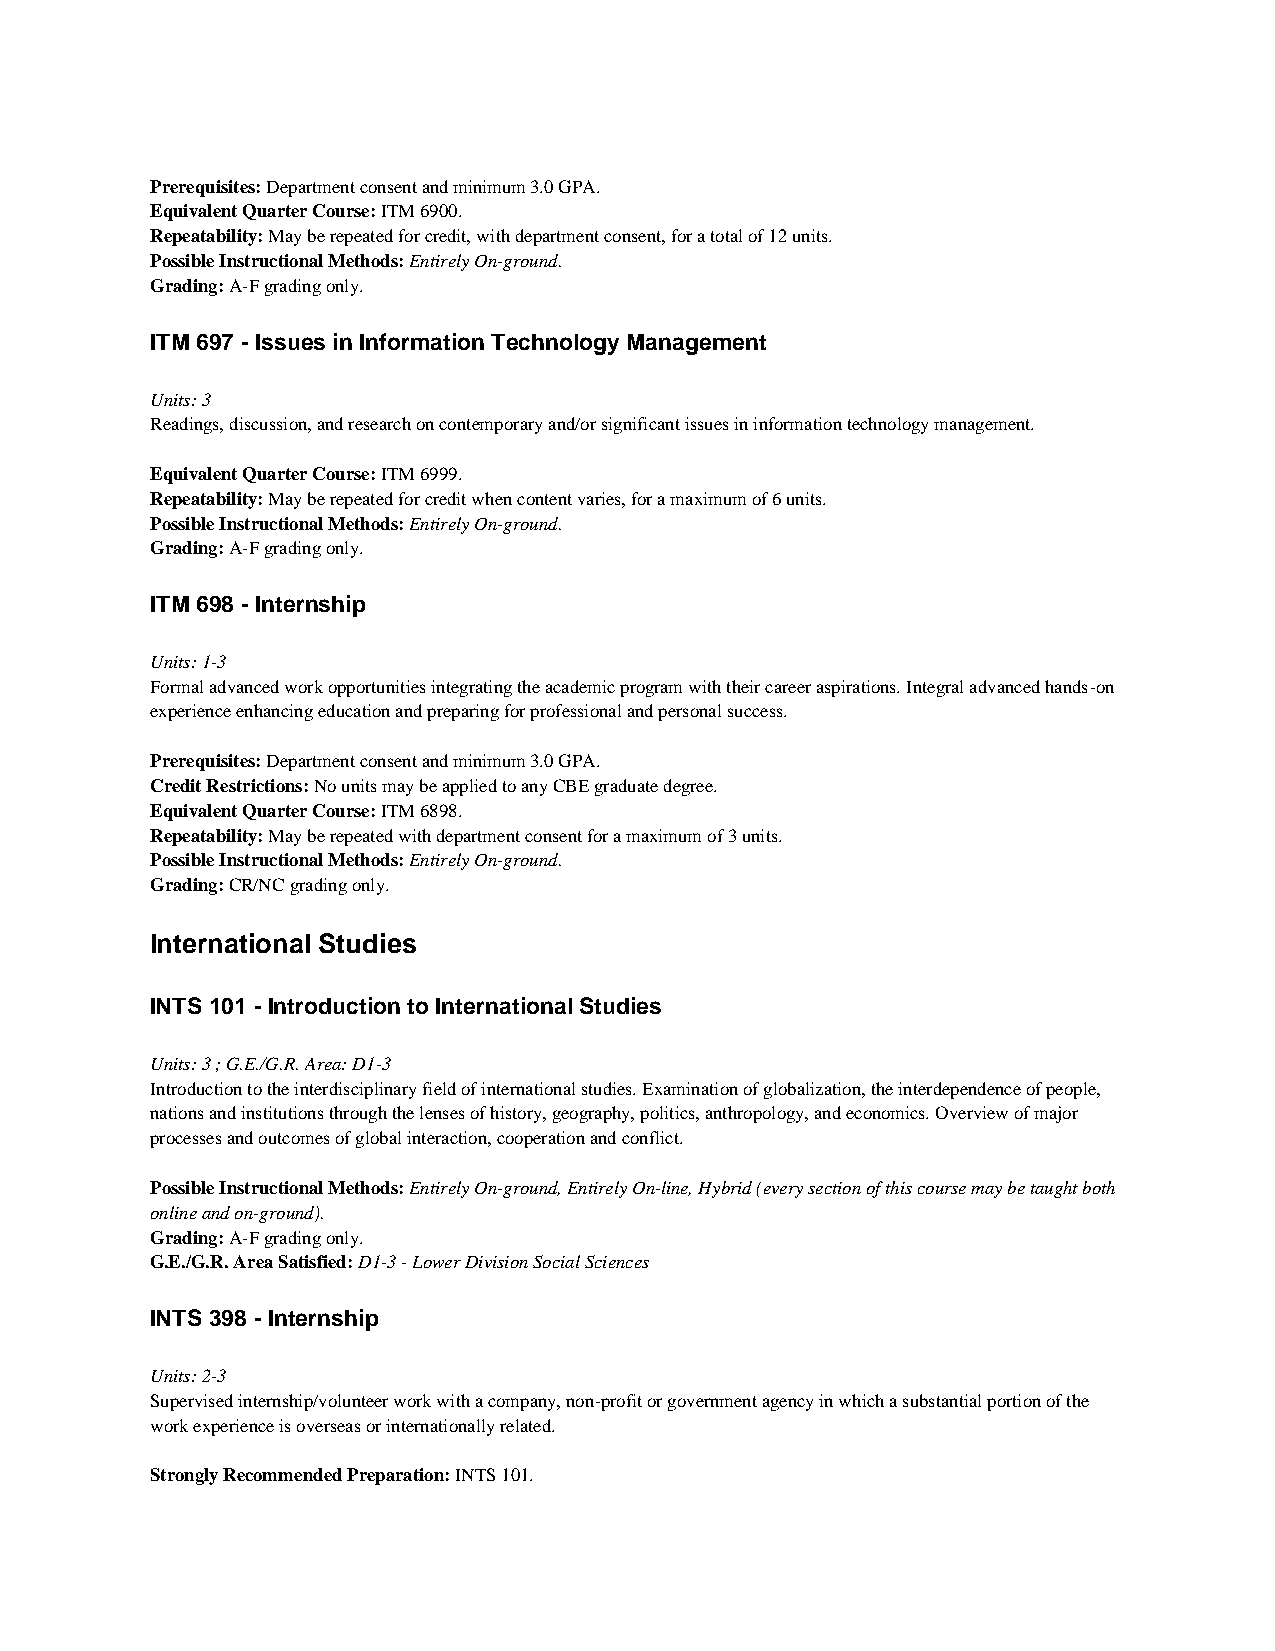
Prerequisites: Department consent and minimum 3.0 GPA.
 Equivalent Quarter Course: ITM 6900.
 Repeatability: May be repeated for credit, with department consent, for a total of 12 units.
 Possible Instructional Methods: Entirely On-ground.
 Grading: A-F grading only.
 ITM 697 - Issues in Information Technology Management
 Units: 3
 Readings, discussion, and research on contemporary and/or significant issues in information technology management.
 Equivalent Quarter Course: ITM 6999.
 Repeatability: May be repeated for credit when content varies, for a maximum of 6 units.
 Possible Instructional Methods: Entirely On-ground.
 Grading: A-F grading only.
 ITM 698 - Internship
 Units: 1-3
 Formal advanced work opportunities integrating the academic program with their career aspirations. Integral advanced hands-on
 experience enhancing education and preparing for professional and personal success.
 Prerequisites: Department consent and minimum 3.0 GPA.
 Credit Restrictions: No units may be applied to any CBE graduate degree.
 Equivalent Quarter Course: ITM 6898.
 Repeatability: May be repeated with department consent for a maximum of 3 units.
 Possible Instructional Methods: Entirely On-ground.
 Grading: CR/NC grading only.
 International Studies
 INTS 101 - Introduction to International Studies
 Units: 3 ; G.E./G.R. Area: D1-3
 Introduction to the interdisciplinary field of international studies. Examination of globalization, the interdependence of people,
 nations and institutions through the lenses of history, geography, politics, anthropology, and economics. Overview of major
 processes and outcomes of global interaction, cooperation and conflict.
 Possible Instructional Methods: Entirely On-ground, Entirely On-line, Hybrid (every section of this course may be taught both
 online and on-ground).
 Grading: A-F grading only.
 G.E./G.R. Area Satisfied: D1-3 - Lower Division Social Sciences
 INTS 398 - Internship
 Units: 2-3
 Supervised internship/volunteer work with a company, non-profit or government agency in which a substantial portion of the
 work experience is overseas or internationally related.
 Strongly Recommended Preparation: INTS 101.